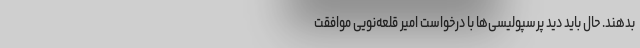
بدهند. حال باید دید پرسپولیسی‌ها با درخواست امیر قلعه‌نویی موافقت